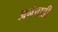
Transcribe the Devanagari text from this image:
अनेवाडी